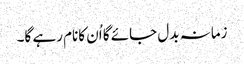
زمانہ بدل جائے گا اُن کانام رہے گا۔